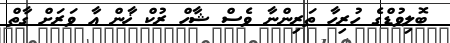
ބޮލިވުޑްގެ ހުރިހާ ތަރިންނާ ވެސް ޝާހް ރުކް ޚާން އާ ވަރަށް ގާތް